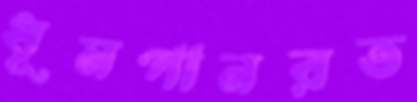
ধূমপানরত